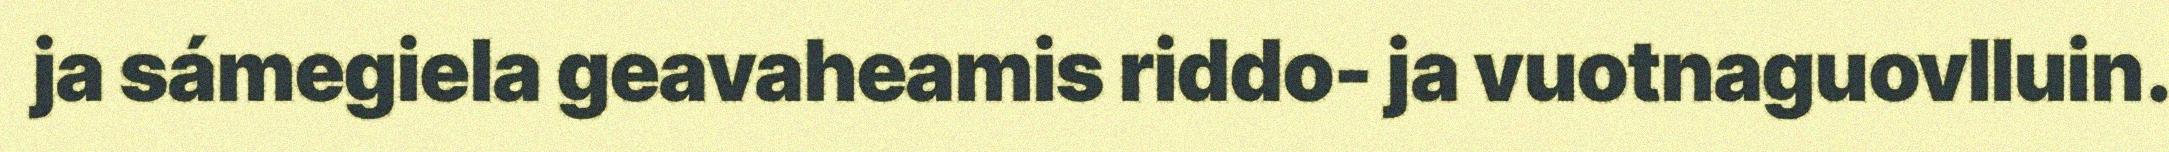
ja sámegiela geavaheamis riddo- ja vuotnaguovlluin.